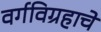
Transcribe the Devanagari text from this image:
वर्गविग्रहाचे